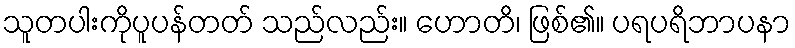
သူတပါးကိုပူပန်တတ် သည်လည်း။ ဟောတိ၊ ဖြစ်၏။ ပရပရိဘာပနာ